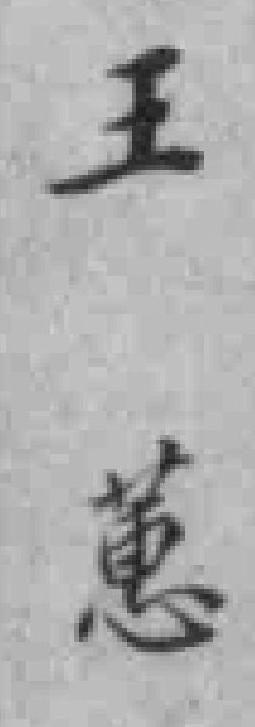
王蕙